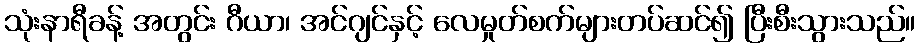
သုံးနာရီခန့် အတွင်း ဂီယာ၊ အင်ဂျင်နှင့် လေမှုတ်စက်များတပ်ဆင်၍ ပြီးစီးသွားသည်။